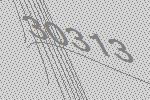
30313